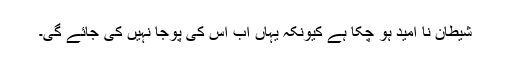
شیطان نا امید ہو چکا ہے کیونکہ یہاں اب اس کی پوجا نہیں کی جائے گی۔